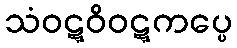
သံဝဋ္ဋဝိဝဋ္ဋကပ္ပေ